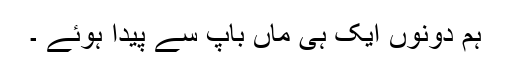
ہم دونوں ایک ہی ماں باپ سے پیدا ہوئے ۔